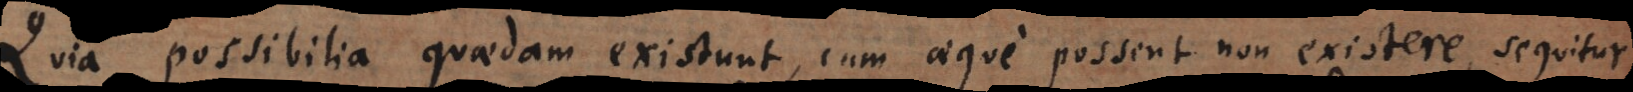
Quia possibilia quaedam existunt, cum aeque possent non existere, sequitur